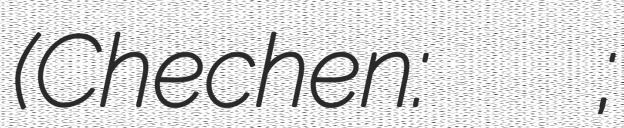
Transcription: (Chechen: Салман ВоӀ Шамиль;